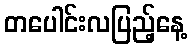
တပေါင်းလပြည့်နေ့